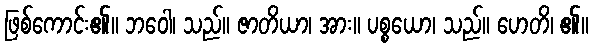
ဖြစ်ကောင်း၏။ ဘဝေါ၊ သည်။ ဇာတိယာ၊ အား။ ပစ္စယော၊ သည်။ ဟေတိ၊ ၏။